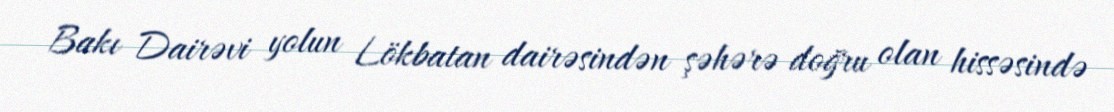
Bakı Dairəvi yolun Lökbatan dairəsindən şəhərə doğru olan hissəsində